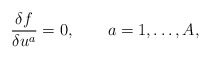
\begin{align*}\frac{\delta f}{\delta u^a} = 0, \qquad a = 1, \ldots, A, \end{align*}